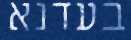
בעדנא